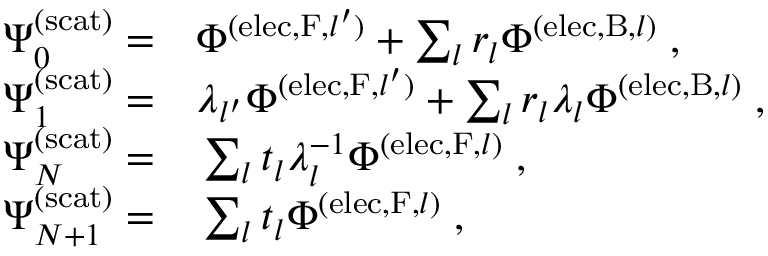
\begin{array} { r l } { \Psi _ { 0 } ^ { \mathrm { ( s c a t ) } } = } & { { } \Phi ^ { ( \mathrm { e l e c } , \mathrm { F } , { l ^ { \prime } } ) } + \sum _ { l } r _ { l } \Phi ^ { ( \mathrm { e l e c } , \mathrm { B } , l ) } \; , } \\ { \Psi _ { 1 } ^ { \mathrm { ( s c a t ) } } = } & { { } \lambda _ { l ^ { \prime } } \Phi ^ { ( \mathrm { e l e c } , \mathrm { F } , { l ^ { \prime } } ) } + \sum _ { l } r _ { l } \lambda _ { l } \Phi ^ { ( \mathrm { e l e c } , \mathrm { B } , l ) } \; , } \\ { \Psi _ { N } ^ { \mathrm { ( s c a t ) } } = } & { { } \sum _ { l } t _ { l } \lambda _ { l } ^ { - 1 } \Phi ^ { ( \mathrm { e l e c } , \mathrm { F } , l ) } \; , } \\ { \Psi _ { N + 1 } ^ { \mathrm { ( s c a t ) } } = } & { { } \sum _ { l } t _ { l } \Phi ^ { ( \mathrm { e l e c } , \mathrm { F } , l ) } \; , } \end{array}